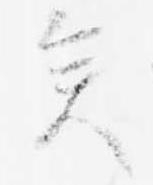
矣